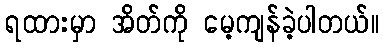
ရထားမှာ အိတ်ကို မေ့ကျန်ခဲ့ပါတယ်။